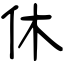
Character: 休